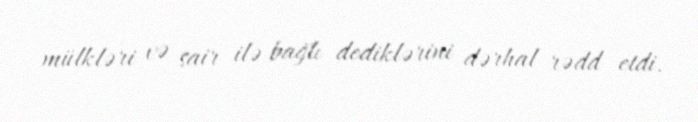
mülkləri və sair ilə bağlı dediklərini dərhal rədd etdi.